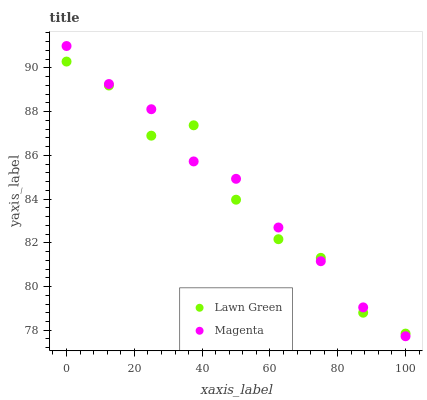
| xaxis_label | Lawn Green | Magenta |
 | --- | --- | --- |
 | 0 | 90.3 | 91 |
 | 12.5 | 89.2 | 89.3 |
 | 25 | 86.9 | 88.1 |
 | 37.5 | 87.4 | 85.7 |
 | 50 | 84 | 84.9 |
 | 62.5 | 82.2 | 82.7 |
 | 75 | 81.3 | 81.2 |
 | 87.5 | 78.8 | 79 |
 | 100 | 77.8 | 77.7 |